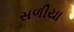
સળીયા